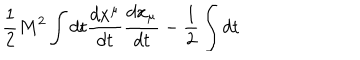
LaTeX: \frac { 1 } { 2 } M ^ { 2 } \int d t \frac { d x ^ { \mu } } { d t } \frac { d x _ { \mu } } { d t } - \frac { 1 } { 2 } \int d t